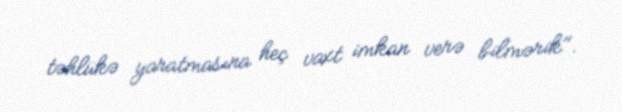
təhlükə yaratmasına heç vaxt imkan verə bilmərik".